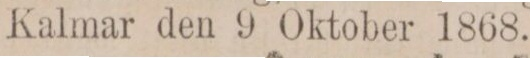
Kalmar den 9 Oktober 1868.